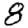
Digit: 8